Civil Veterinary Dept. Assam report 1911-1927 - 1911-1927
Year: 1911
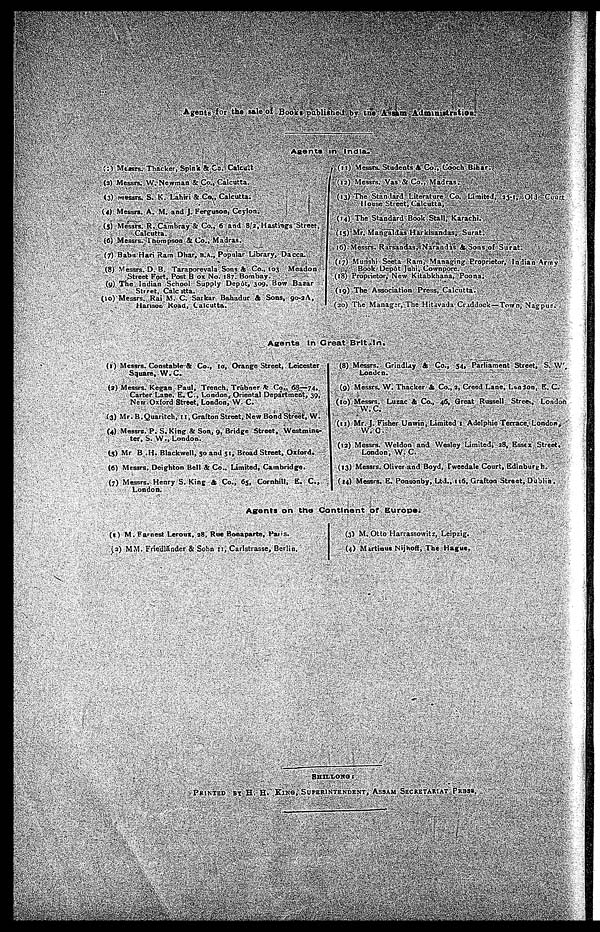
Agents for the sale of Books published by the Assam Administration.
Agents in India.
(1) Messrs. Thacker, Spink & Co. Calcutta.
(3) Messrs. W. Newman & Co., Calcutta.
(3) messrs. S. K. Lahiri & Co., Calcutta.
(4) Messrs. A. M. and J. Ferguson, Ceylon.
(5) Messrs. R. Cambray & Co., 6 and 8/2, Hastings Street,
Calcutta.
(6) Messrs. Thompson & Co., Madras.
(7) Babu Hari Ram Dhar, B.A., Popular Library, Dacca.
(8) Messrs. D. B. Taraporevala Sons & Co., 103 Meadon
Street Fort, Post Box No. 187. Bombay,
(9) The Indian School Supply Depôt, 309, Bow Bazar
Street, Calcutta.
(10) Messrs. Rai M. C. Sarkar Bahadur & Sons, 90-2A,
Harison Road, Calcutta.
(11) Messrs. Students & Co., Cooch Bihar.
(12) Messrs. Vas & Co., Madras.
(13) The Standard Literature Co. Limited, 13-1, Old Cou
House Street, Calcutta,
(14) The Standard Book Stall. Karachi.
(15) Mr. Mangaldas Harkisandas, Surat.
(16) Messrs. Rarsandas, Narandas & Sons of Surat.
(17) Munshi Seeta Ram, Managing Proprietor, Indian Army
Book Depôt Juhi, Cownpore.
(18) Proprietor, New Kitabkhana, Poona.
(19) The Association Press, Calcutta.
(20) The Manager, The Hitavada Craddock—Town, Nagpur.
Agents In Great Britain.
(1) Messrs. Constable & Co., 10, Orange Street, Leicester
Square, W.C.
(2) Messrs. Kegan Paul, Trench, Trübner & Co., 68—74,
Carter Lane, E. C., London, Oriental Department, 39,
New Oxford Street, London, W. C.
(3) Mr. B.Quaritch, 11, Grafton Street, New Bond Street, W.
(4) Messrs. P. S.King & Son, 9, Bridge Street, Westmins-
ter, S. W., London.
(5) Mr B .H. Blackwell, 50 and 51, Broad Street, Oxford.
(6) Messrs. Deighton Bell & Co., Limited, Cambridge.
(7) Messrs. Henry S.King & Co., 65, Cornhill, E. C,
London.
(8) Messrs. Grindlay & Co., 54, Parliament Street, S. W ,
London.
(9) Messrs. W. Thacker & Co., 2. Creed Lane, London, E. C.
(10) Messrs. Luzac & Co., 46, Great Russell Street., London
W. C.
(11) Mr. J. Fisher Unwin, Limited Adelphie Terrace. London,
W.C.
(12) Messrs. Weldon and Wesley Limited, 28, Essex Street,
London, W. C.
(13) Messrs. Oliver and Boyd, Tweedale Court, Edinburgh.
(14) Messrs. E. Ponsonby, Ltd., 116, Grafton Street, Dublin.
Agents on the Continent of Europe.
(1) M. Farnest Leroux, 28, Rue Bonaparte, Paris.
(2) MM. Friedlander & Sobn 11, Carlstrasse, Berlin.
(3) M, Otto Harrassowitz, Leipzig.
(4) Martinus Nijhoff, The Hague.
SHILLONG :
PRINTED BY H, H. KING, SUPERINTENDENT, ASSAM SECRETARIAL PRESS.